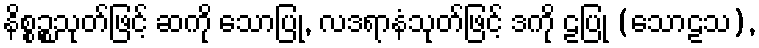
နိစ္စဉ္စသုတ်ဖြင့် ဆကို သောပြု, လဒရာနံသုတ်ဖြင့် ဒကို ဠပြု (သောဠသ),